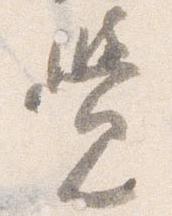
覚